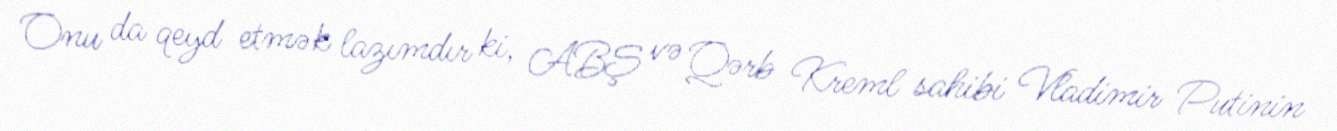
Onu da qeyd etmək lazımdır ki, ABŞ və Qərb Kreml sahibi Vladimir Putinin